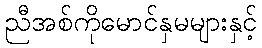
ညီအစ်ကိုမောင်နှမများနှင့်